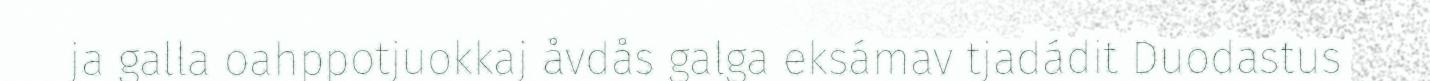
ja galla oahppotjuokkaj åvdås galga eksámav tjadádit Duodastus